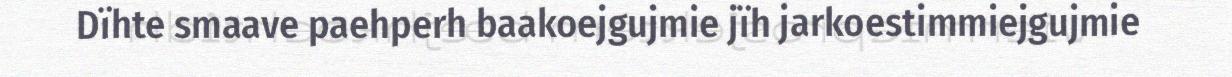
Dïhte smaave paehperh baakoejgujmie jïh jarkoestimmiejgujmie